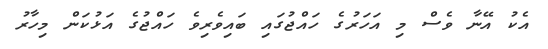
އެކު އޭނާ ވެސް މި އަހަރުގެ ހައްޖުގައި ބައިވެރިވެ ހައްޖުގެ އަޅުކަން މިހާރު